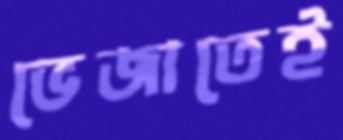
ভেজাতেই